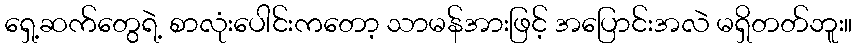
ရှေ့ဆက်တွေရဲ့ စာလုံးပေါင်းကတော့ သာမန်အားဖြင့် အပြောင်းအလဲ မရှိတတ်ဘူး။